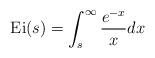
LaTeX: \begin{align*}{\rm Ei}(s)=\int_{s}^{\infty}\frac{e^{-x}}{x}dx\end{align*}